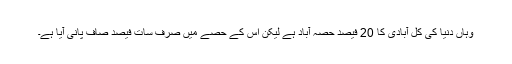
وہاں دنیا کی کل آبادی کا 20 فیصد حصہ آباد ہے لیکن اس کے حصے میں صرف سات فیصد صاف پانی آیا ہے۔